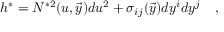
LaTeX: h ^ { \ast } = N ^ { \ast 2 } ( u , { \vec { y } } ) d u ^ { 2 } + \sigma _ { i j } ( \vec { y } ) d y ^ { i } d y ^ { j } \quad ,